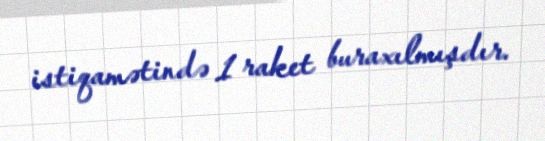
istiqamətində 1 raket buraxılmışdır.